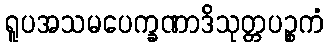
ရူပအသမပေက္ခဏာဒိသုတ္တပဉ္စကံ